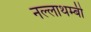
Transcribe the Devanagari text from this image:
नल्लाथम्बी